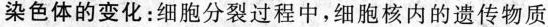
染色体的变化：细胞分裂过程中，细胞核内的遗传物质